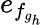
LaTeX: e_{f_{g_{h}}}